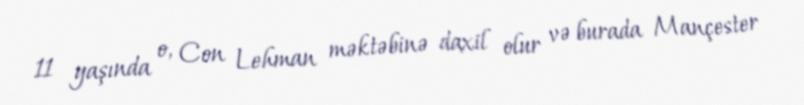
11 yaşında o, Con Lehman məktəbinə daxil olur və burada Mançester